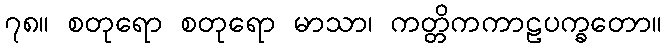
၇၈။ စတုရော စတုရော မာသာ၊ ကတ္တိကကာဠပက္ခတော။